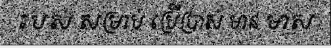
របស់ សម្រាប់ ប្រើប្រាស់ មាន មាស